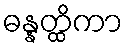
ဓန္နတ္ထိကာ